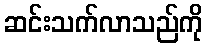
ဆင်းသက်လာသည်ကို